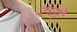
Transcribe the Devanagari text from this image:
रुंगे